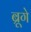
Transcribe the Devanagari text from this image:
ब्रूगे